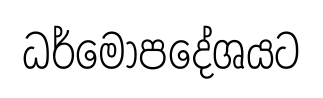
ධර්මෝපදේශයට